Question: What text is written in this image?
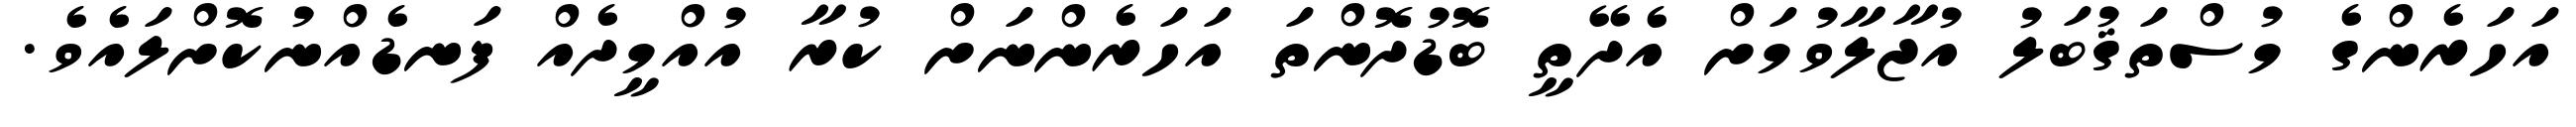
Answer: އަހަރެންގެ މުސްތަޤުބަލު އުޖާލާވުމަށް އެދޭތީ ބޮޑުދޮންތަ އަހަރެންނަށް ކުރާ އުއްމީދެއް ފަނޑެއްނުކޮށްލައެވެ.